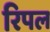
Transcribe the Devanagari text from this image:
रिपल